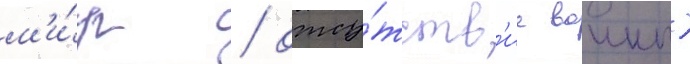
м'и́р / отсу́тств'ие воины)